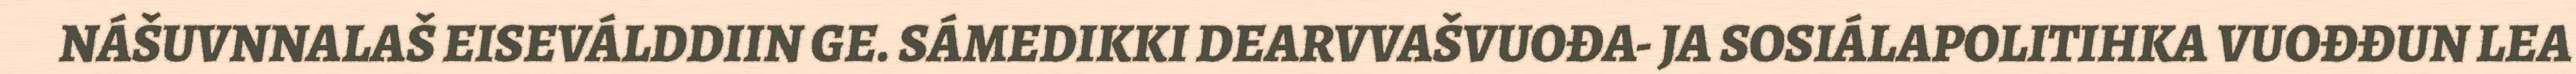
NÁŠUVNNALAŠ EISEVÁLDDIIN GE. SÁMEDIKKI DEARVVAŠVUOĐA- JA SOSIÁLAPOLITIHKA VUOĐĐUN LEA